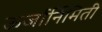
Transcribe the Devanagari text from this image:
ऊर्जार्निमिती